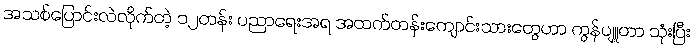
အသစ်ပြောင်းလဲလိုက်တဲ့ ၁၂တန်း ပညာရေးအရ အထက်တန်းကျောင်းသားတွေဟာ ကွန်ပျူတာ သုံးပြီး